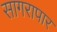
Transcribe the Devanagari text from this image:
सागरापार